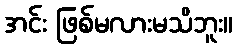
အင်း ဖြစ်မလားမသိဘူး။